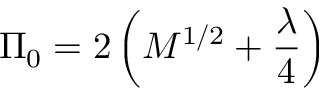
\Pi _ { 0 } = 2 \left( M ^ { 1 / 2 } + \frac { \lambda } { 4 } \right)